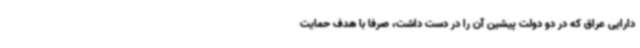
دارایی عراق که در دو دولت پیشین آن را در دست داشت، صرفاً با هدف حمایت